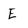
Character: E